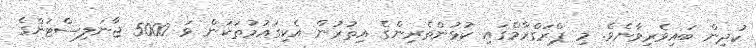
ކުދިން ބައިވެރިވާނެވެ. މި ޕްރަގްރާމްގައި ކުޅުންތެރިންގެ އިތުރުން އެކިގައުމުތަކުން ޅަ 5000 ޖާނަލިސްޓުންގެ